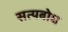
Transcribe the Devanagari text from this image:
सत्यबोध